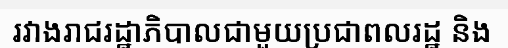
រវាងរាជរដ្ឋាភិបាលជាមួយប្រជាពលរដ្ឋ និង